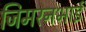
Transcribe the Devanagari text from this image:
जिमरनभाई